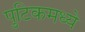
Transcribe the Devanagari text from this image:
पुटिकमध्ये